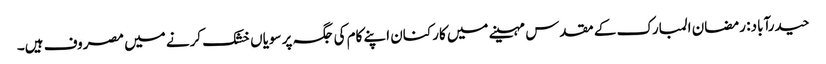
حیدرآباد: رمضان المبارک کے مقدس مہینے میں کارکنان اپنے کام کی جگہ پر سویاں خشک کرنے میں مصروف ہیں۔